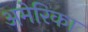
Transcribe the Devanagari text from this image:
अमेेेेरिका